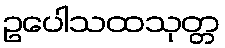
ဥပေါသထသုတ္တ